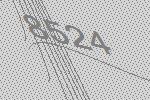
8524